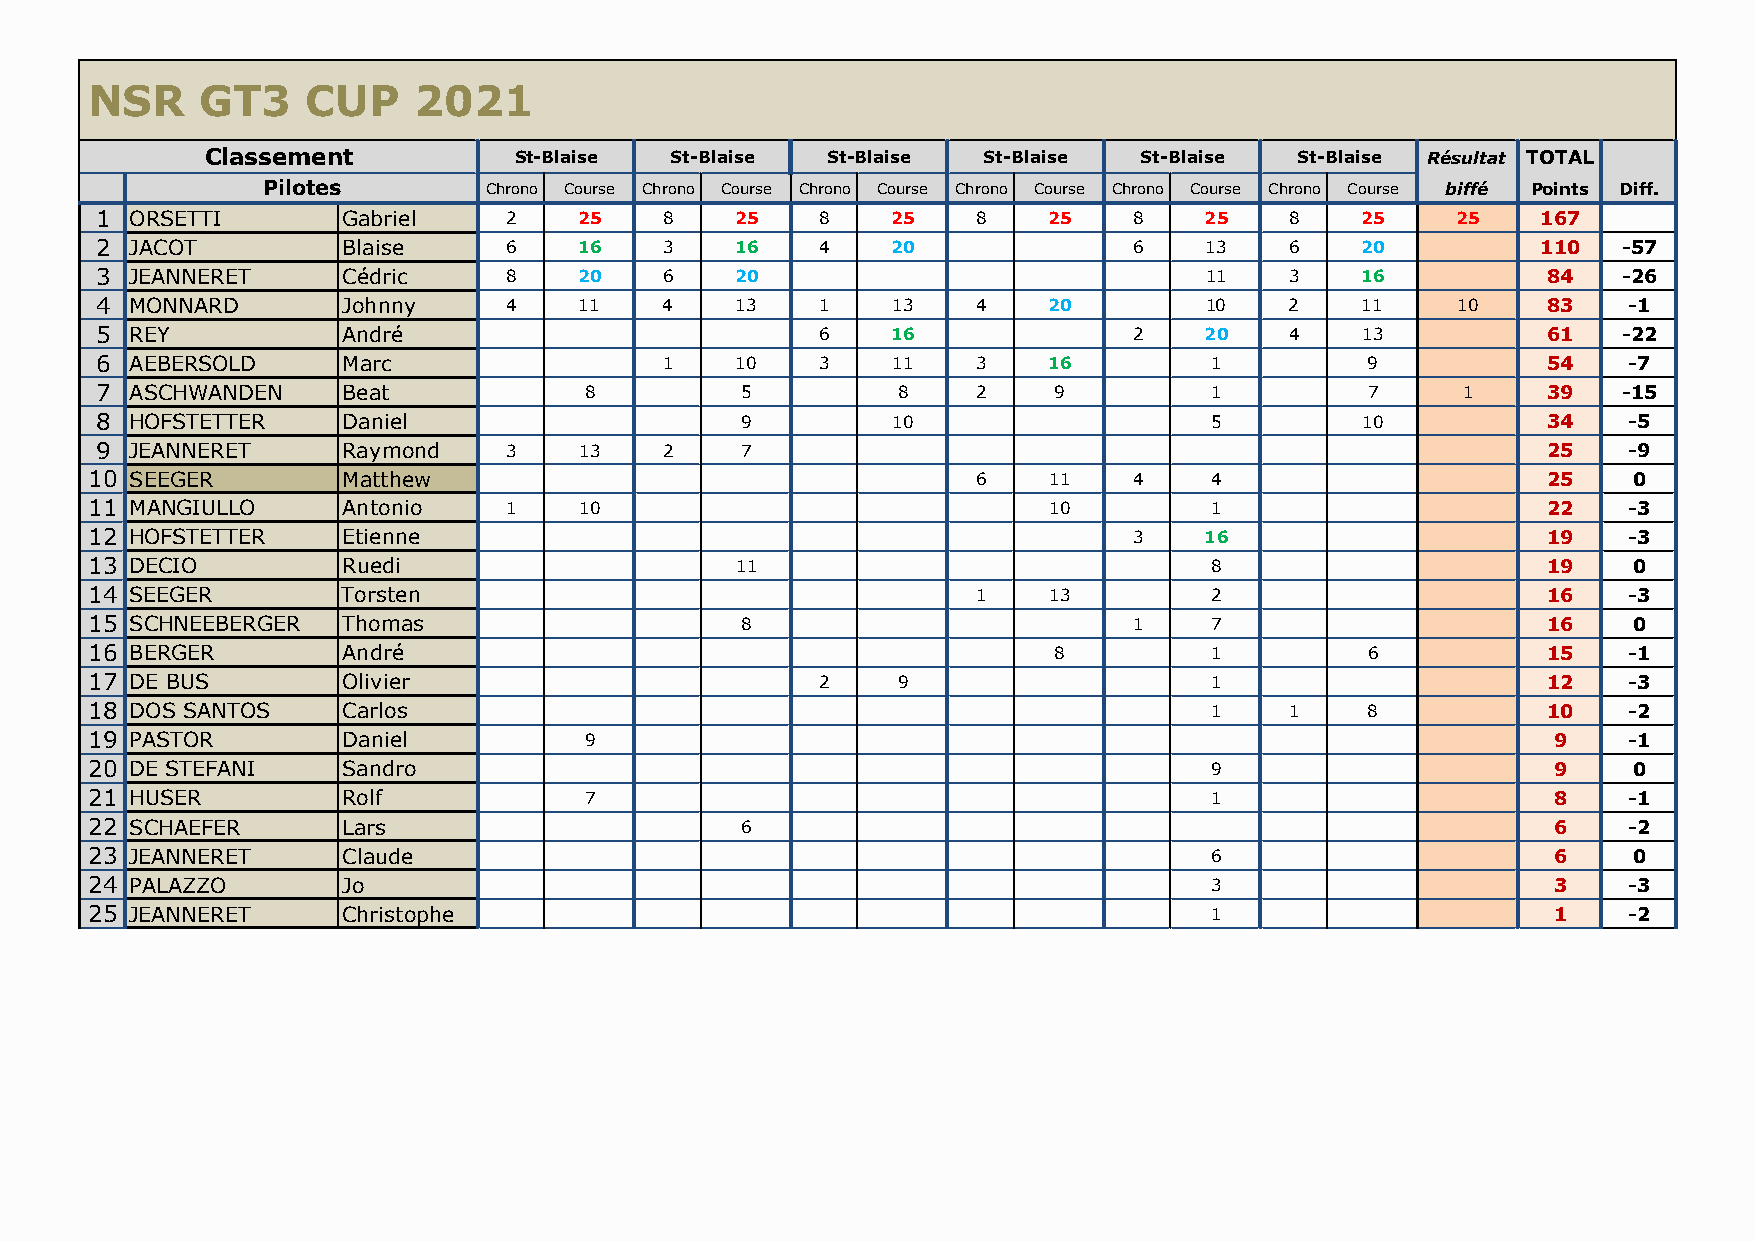
NSR    GT3    CUP    2021
 Classement          St-Blaise St-Blaise  St-Blaise St-Blaise St-Blaise  St-Blaise Résultat TOTAL
 Pilotes        Chrono Course Chrono Course Chrono Course Chrono Course Chrono Course Chrono Course biffé Points Diff.
 1  ORSETTI       Gabriel    2   25    8    25   8    25    8   25    8    25   8    25    25    167
 2  JACOT         Blaise     6   16    3    16   4    20              6    13   6    20          110  -57
 3  JEANNERET     Cédric     8   20    6    20                             11   3    16          84   -26
 4  MONNARD       Johnny     4   11    4    13   1    13    4   20         10   2    11    10    83    -1
 5  REY           André                          6    16              2    20   4    13          61   -22
 6  AEBERSOLD     Marc                 1    10   3    11    3   16         1         9           54    -7
 7  ASCHWANDEN    Beat            8         5         8     2    9         1         7      1    39   -15
 8  HOFSTETTER    Daniel                    9         10                   5         10          34    -5
 9  JEANNERET     Raymond    3   13    2    7                                                    25    -9
 10 SEEGER        Matthew                                   6   11    4    4                     25    0
 11 MANGIULLO     Antonio    1   10                             10         1                     22    -3
 12 HOFSTETTER    Etienne                                             3    16                    19    -3
 13 DECIO         Ruedi                     11                             8                     19    0
 14 SEEGER        Torsten                                   1   13         2                     16    -3
 15 SCHNEEBERGER  Thomas                    8                         1    7                     16    0
 16 BERGER        André                                          8         1         6           15    -1
 17 DE BUS        Olivier                        2    9                    1                     12    -3
 18 DOS SANTOS    Carlos                                                   1    1    8           10    -2
 19 PASTOR        Daniel          9                                                               9    -1
 20 DE STEFANI    Sandro                                                   9                      9    0
 21 HUSER         Rolf            7                                        1                      8    -1
 22 SCHAEFER      Lars                      6                                                     6    -2
 23 JEANNERET     Claude                                                   6                      6    0
 24 PALAZZO       Jo                                                       3                      3    -3
 25 JEANNERET     Christophe                                               1                      1    -2